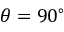
\theta = 9 0 ^ { \circ }